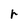
Character: r